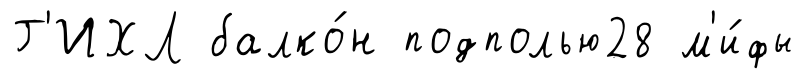
Г'ИХЛ балко́н подполью28 м'и́фы